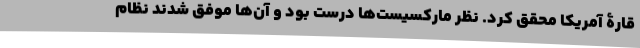
قارۀ آمریکا محقق کرد. نظر مارکسیست‌ها درست بود و آن‌ها موفق شدند نظام